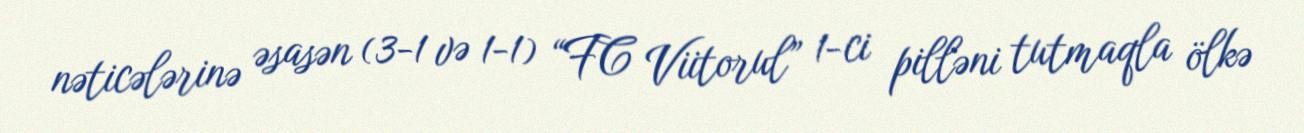
nəticələrinə əsasən (3-1 və 1-1) “FC Viitorul” 1-ci pilləni tutmaqla ölkə